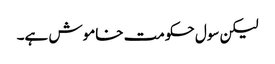
لیکن سول حکومت خاموش ہے۔